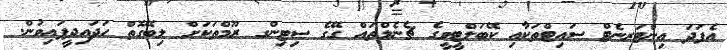
އެފަދަ އިންޓަރނެޓް ސައިޓްތަކާއި ކޭބަލްޓީވީގެ ޗެނެލްތައް ގޭގެ ސިޓިންގ ރޫމްތަކަށް ލިބޭގޮތް ހަދައިދީފައިވުން.